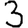
Digit: 3